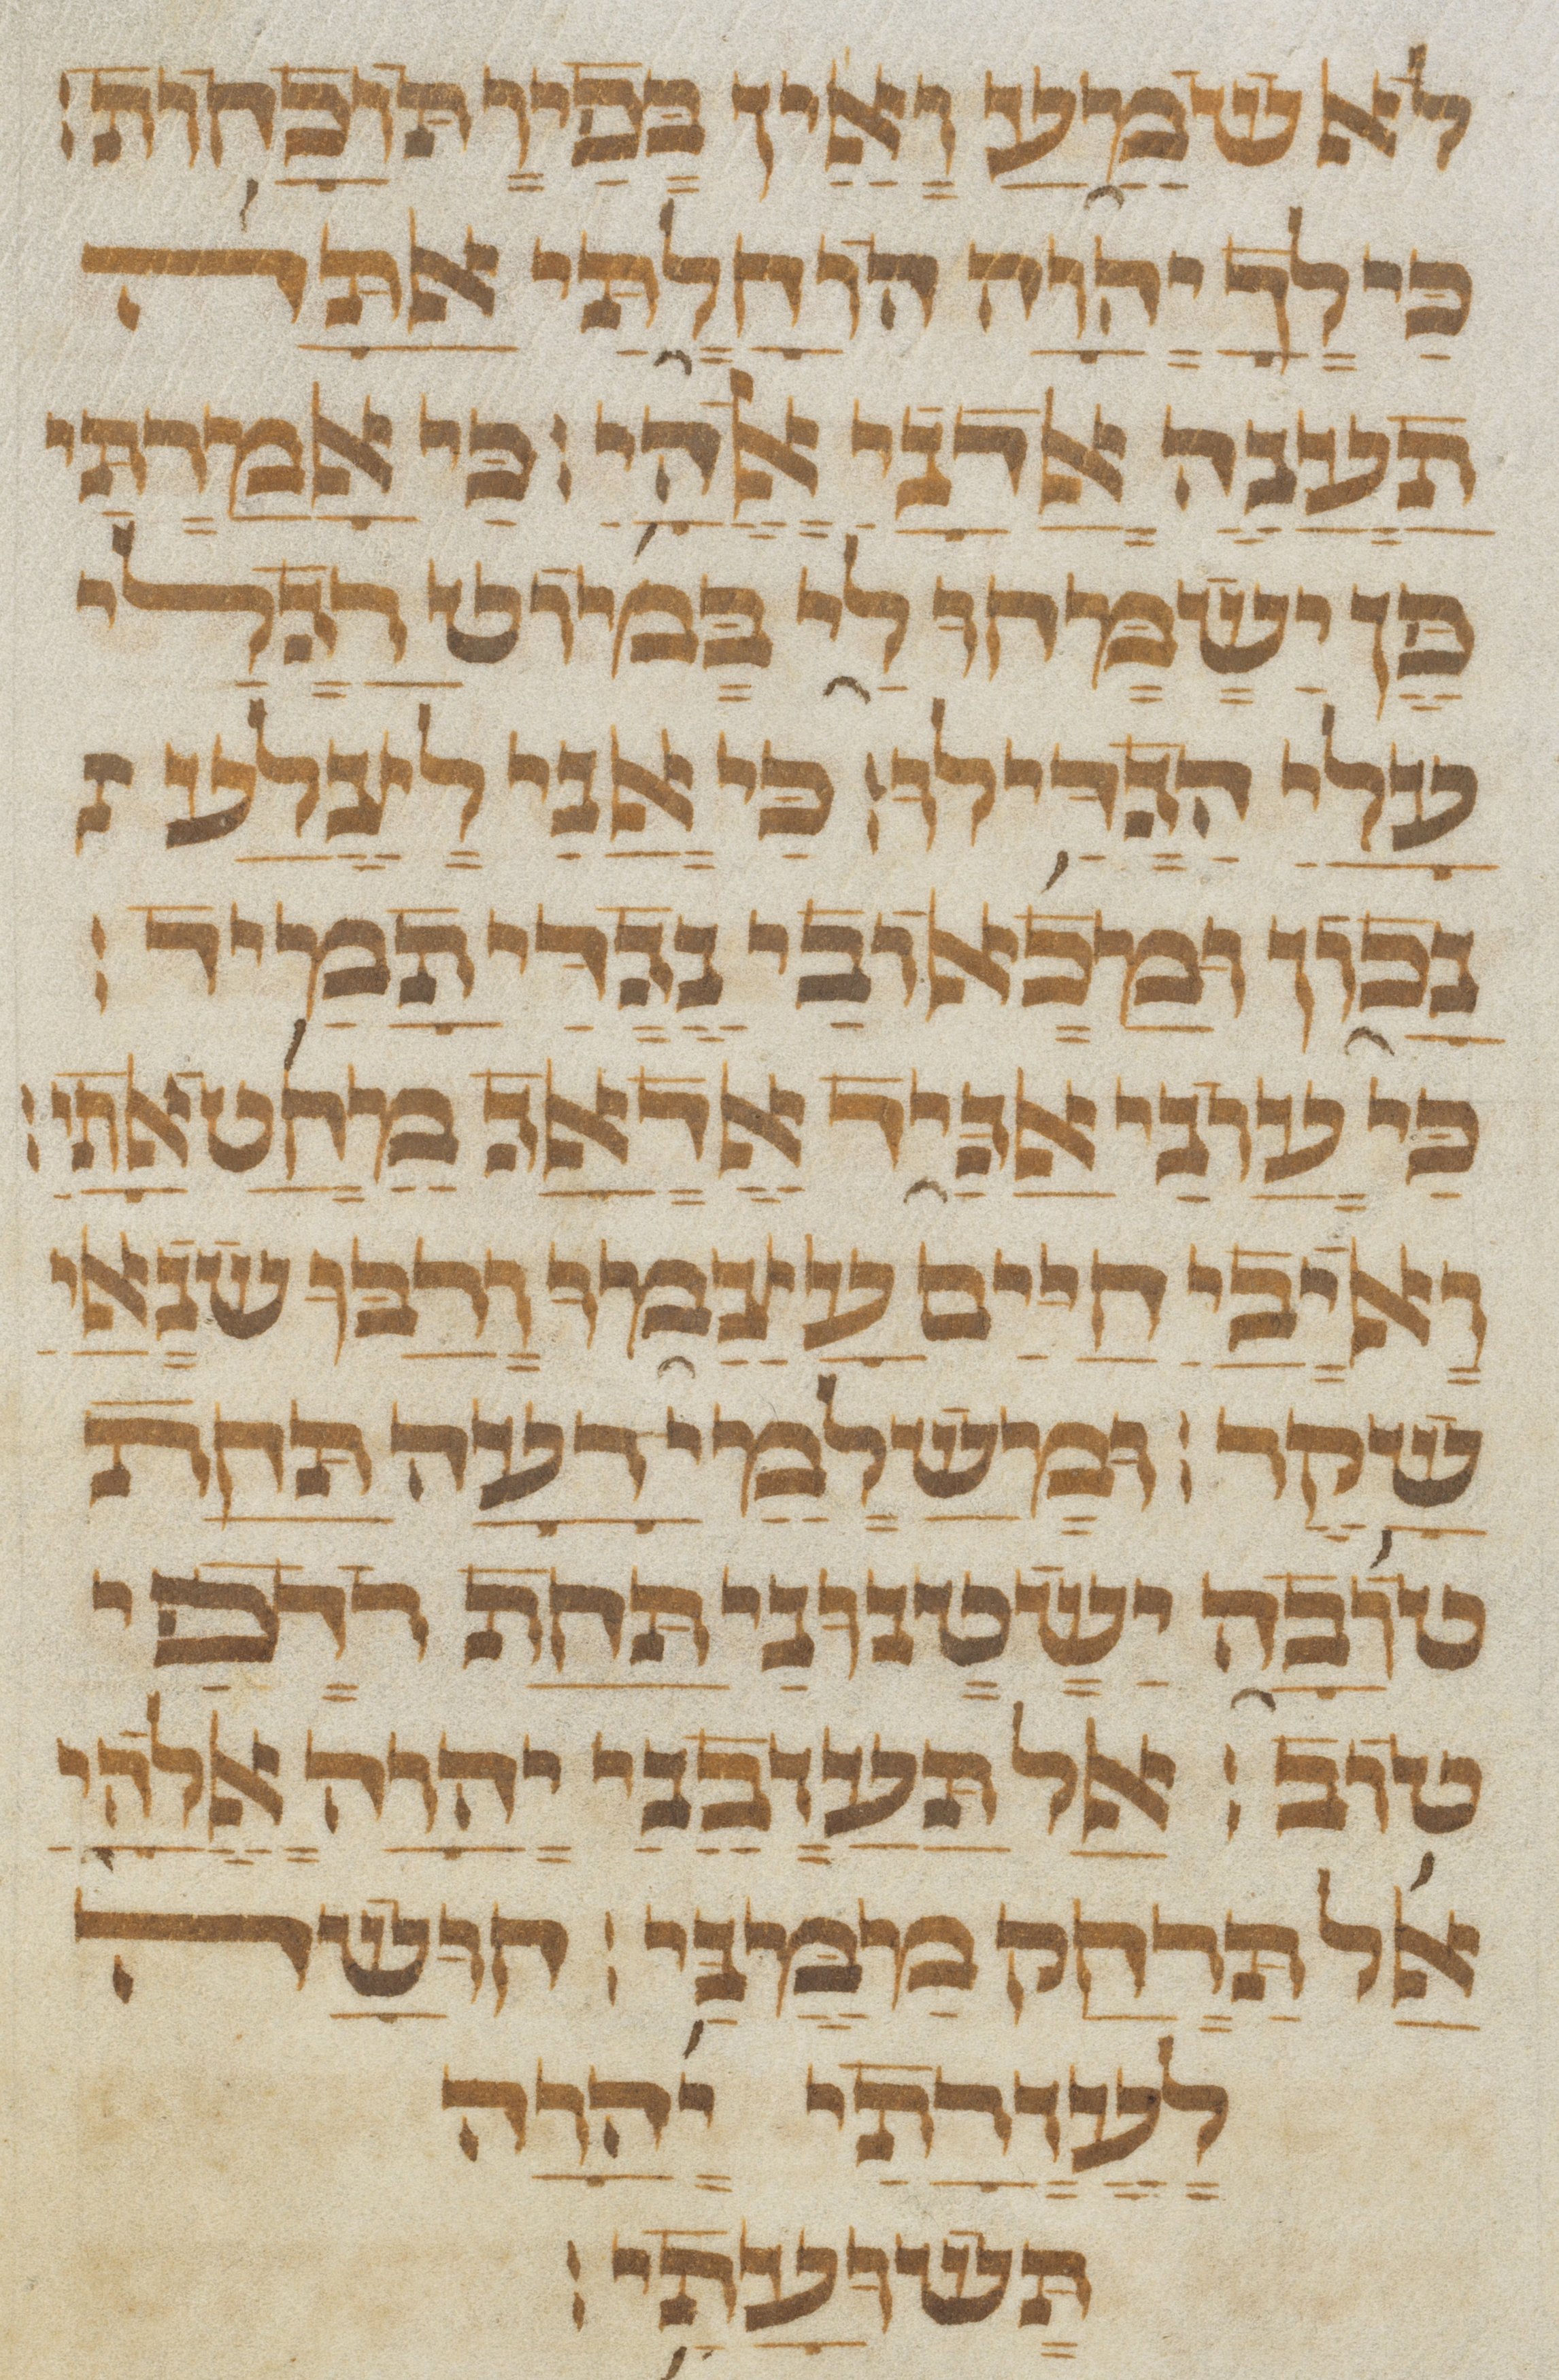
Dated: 1300–1499